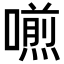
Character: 𠿏